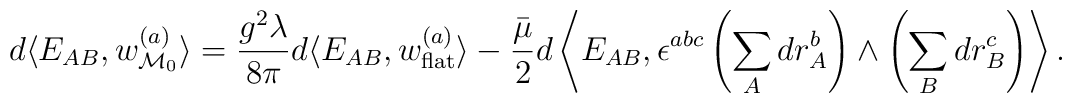
d\langle E_{AB},w^{(a)}_{{\cal M}_0}\rangle=\frac{g^2\lambda}{8\pi}d\langle E_{AB},w^{(a)}_{\rm flat}\rangle-\frac{\bar \mu}{2}d\left\langle E_{AB},\epsilon^{abc}\left(\sum_A dr^b_A\right)\wedge \left(\sum_B dr_B^c\right)\right\rangle.